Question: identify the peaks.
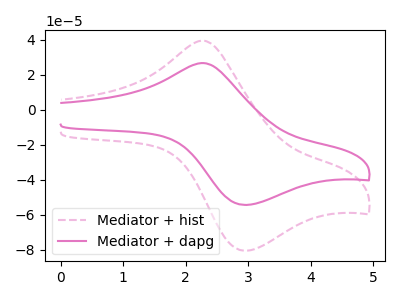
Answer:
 <answer>The pink dashed curve "Mediator + hist" has an anodic peak at (2.25V, 39.30uA) and a cathodic peak at (2.95V, -80.50uA). The pink curve "Mediator + dapg" has an anodic peak at (2.25V, 26.55uA) and a cathodic peak at (2.95V, -54.40uA).</answer>
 <eval></eval>